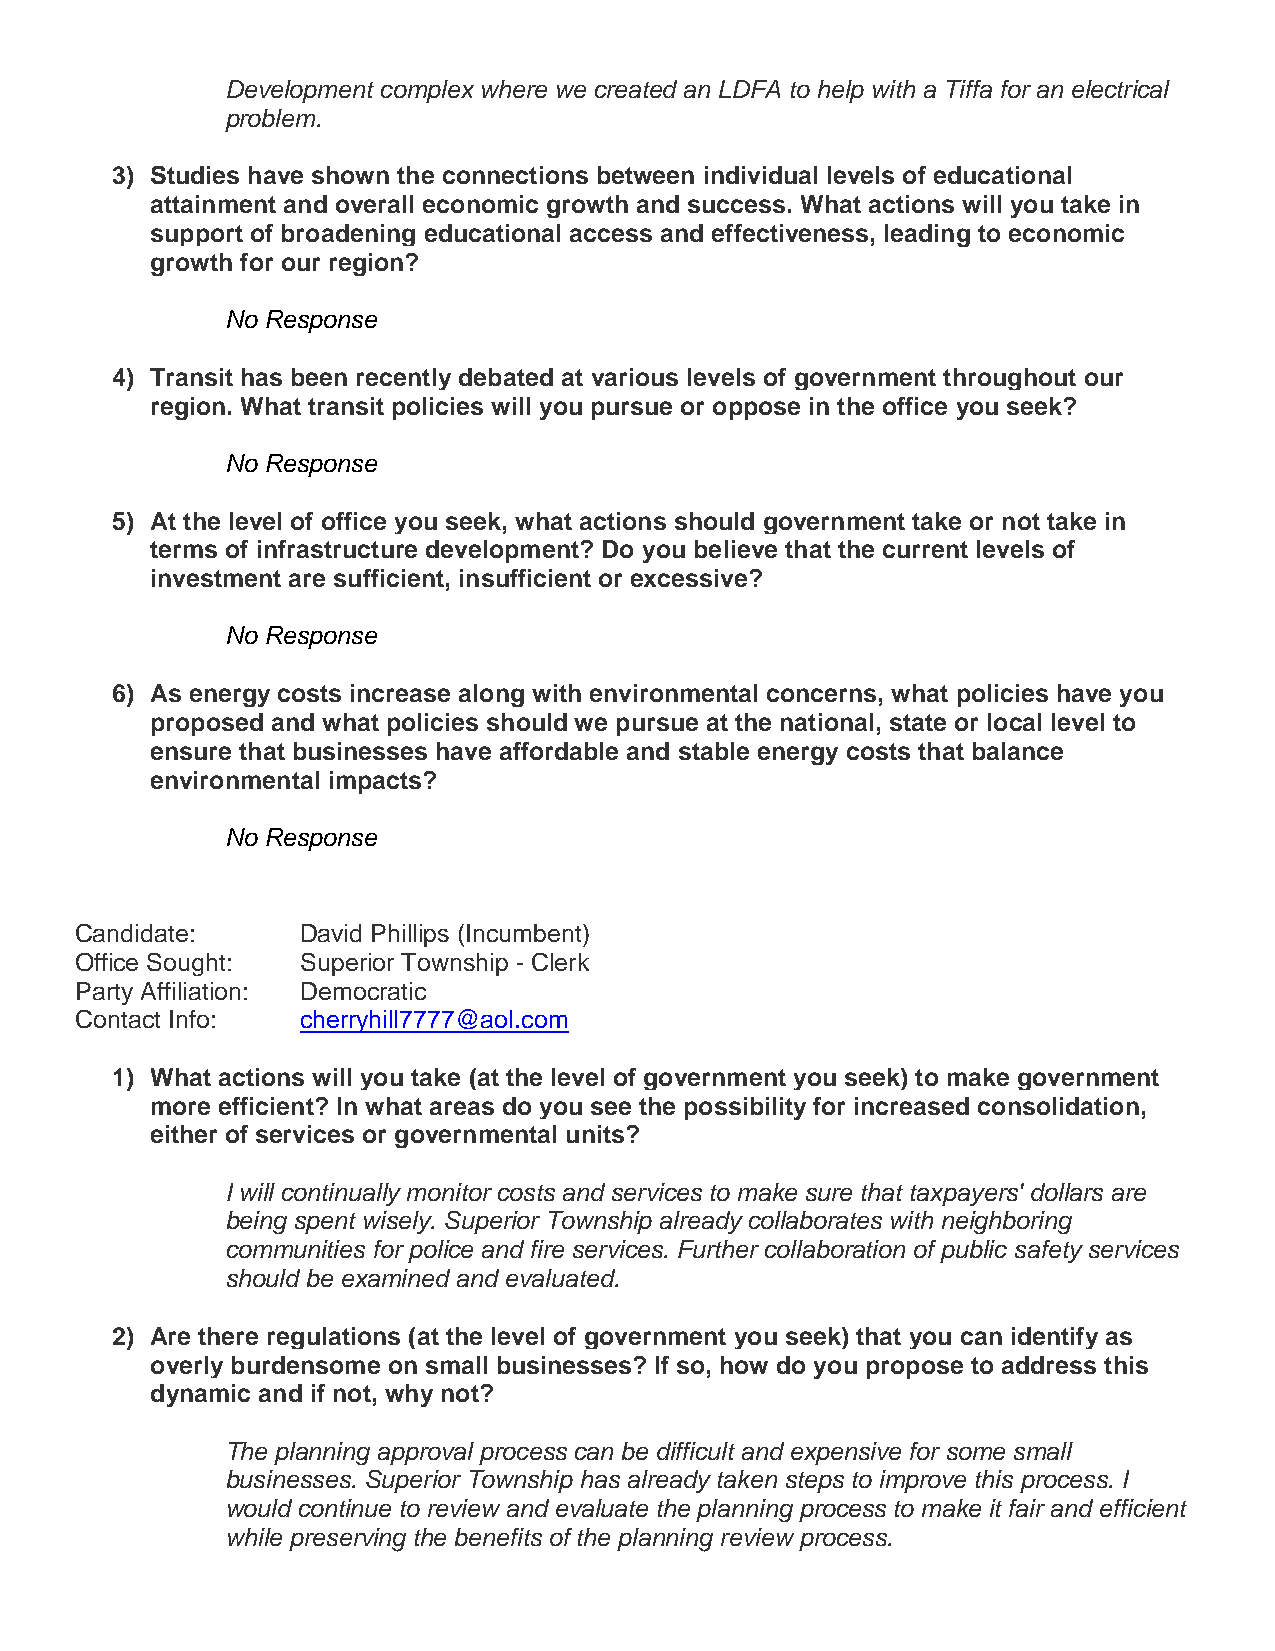
Development complex where we created an LDFA to help with a Tiffa for an electrical
 problem.
 3) Studies have shown the connections between individual levels of educational
 attainment and overall economic growth and success. What actions will you take in
 support of broadening educational access and effectiveness, leading to economic
 growth for our region?
 No Response
 4) Transit has been recently debated at various levels of government throughout our
 region. What transit policies will you pursue or oppose in the office you seek?
 No Response
 5) At the level of office you seek, what actions should government take or not take in
 terms of infrastructure development? Do you believe that the current levels of
 investment are sufficient, insufficient or excessive?
 No Response
 6) As energy costs increase along with environmental concerns, what policies have you
 proposed and what policies should we pursue at the national, state or local level to
 ensure that businesses have affordable and stable energy costs that balance
 environmental impacts?
 No Response
 Candidate:     David Phillips (Incumbent)
 Office Sought: Superior Township - Clerk
 Party Affiliation: Democratic
 Contact Info:  cherryhill7777@aol.com
 1) What actions will you take (at the level of government you seek) to make government
 more efficient? In what areas do you see the possibility for increased consolidation,
 either of services or governmental units?
 I will continually monitor costs and services to make sure that taxpayers' dollars are
 being spent wisely. Superior Township already collaborates with neighboring
 communities for police and fire services. Further collaboration of public safety services
 should be examined and evaluated.
 2) Are there regulations (at the level of government you seek) that you can identify as
 overly burdensome on small businesses? If so, how do you propose to address this
 dynamic and if not, why not?
 The planning approval process can be difficult and expensive for some small
 businesses. Superior Township has already taken steps to improve this process. I
 would continue to review and evaluate the planning process to make it fair and efficient
 while preserving the benefits of the planning review process.